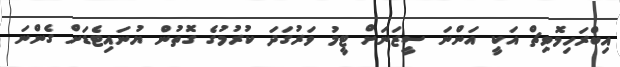
އިބްރަހިމޮވިޗް އަކީ އަންނަ ސީޒަނަށް ޓީމު ވަރުގަދަ ކުރުމުގެ ގޮތުން ޔުނައިޓެޑަށް ގެންނަ